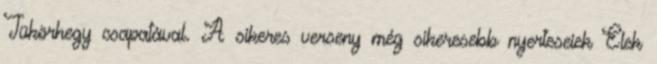
Tükörhegy csapatával. A sikeres verseny még sikeresebb nyerteseiek Elek